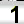
Digit: 1